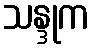
သန္ဒုက